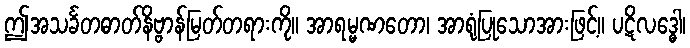
ဤအသင်္ခတဓာတ်နိဗ္ဗာန်မြတ်တရားကို။ အာရမ္မဏတော၊ အာရုံပြုသောအားဖြင့်။ ပဋိလဒ္ဓေါ၊